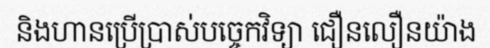
និងហានប្រើប្រាស់បច្ចេកវិទ្យា ជឿនលឿនយ៉ាង